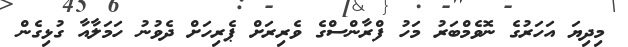
މިދިޔަ އަހަރުގެ ނޮވެމްބަރު މަހު ފްރާންސްގެ ވެރިރަށް ޕެރިހަށް ދެވުނު ހަމަލާއާ ގުޅިގެން